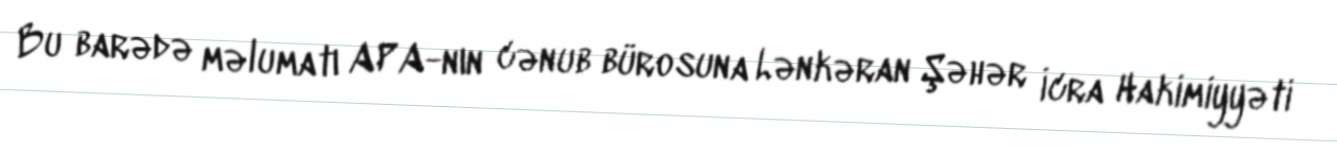
Bu barədə məlumatı APA-nın cənub bürosuna Lənkəran Şəhər İcra Hakimiyyəti